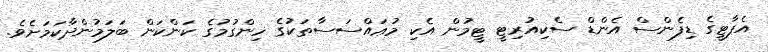
އެޕާޓީގެ ޑިފެންސް އެންޑް ސެކިއުރިޓީ ޓީމުން އެކި މުޢައްސަސާތަކުގެ ހިންގުމުގެ ކަންކަން ބަލަމުންދާކަމަށެވެ.